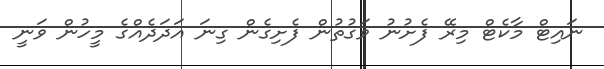
ނައިޓް މާކެޓް މިރޭ ފެށުނު ވަގުތުން ފެށިގެން ގިނަ އަދަދެއްގެ މީހުން ވަނީ